Annual report of the Civil Veterinary Department, Bengal, for the year 1896-97 - 1896-1897
Year: 1896
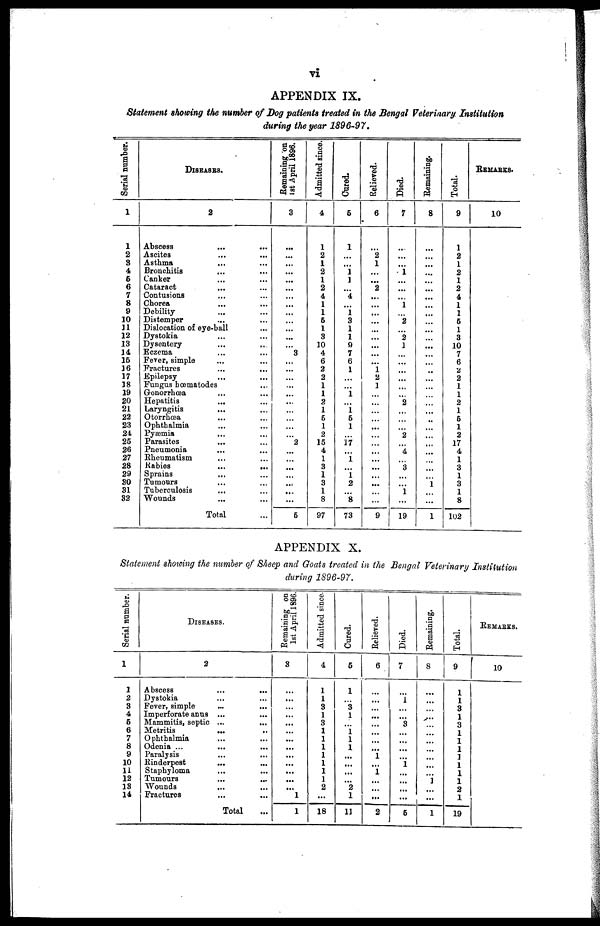
vi
APPENDIX IX.
Statement showing the number of Dog patients treated in the Bengal Veterinary Institution
during the year 1896-97.
Serial number.
1
1
2
3
4
6
6
7
8
9
10
11
12
13
14
15
16
17
18
19
20
21
22
23
24
25
26
27
28
29
30
31
32
DISEASES.
2
Abscess ... ...
Ascites ... ...
Asthma ... ...
Bronchitis ... ...
Canker ... ...
Cataract ... ...
Contusions ... ...
Chorea ... ...
Debility ... ...
Distemper ... ...
Dislocation of eye-ball ...
Dystokia ... ...
Dysentery ... ...
Eczema ... ...
Fever, simple ... ...
Fractures ... ...
Epilepsy ... ...
Fungus bœmatodes ... ...
Gonorrhœa ... ...
Hepatitis ... ...
Laryngitis ... ...
Otorrhœa ... ...
Ophthalmia ... ...
Pyæmia ... ...
Parasites
... ...
Pneumonia ... ...
Rheumatism ... ...
Rabies
...
...
Sprains ... ...
Tumours ... ...
Tuberculosis ... ...
Wounds ... ...
Total ...
Remaining on
1st April 1896.
3
...
...
...
...
...
...
...
...
...
...
...
...
...
3
...
...
...
...
...
...
...
...
...
...
2
...
...
...
...
...
...
...
5
Admitted since.
4
1
2
1
2
1
2
4
1
1
5
1
3
10
4
6
2
2
1
1
2
1
5
1
2
15
4
1
3
1
3
1
8
97
Cured.
5
1
...
...
1
1
...
4
...
1
3
1
1
0
7
6
1
...
...
1
...
1
5
1
...
17
...
1
...
1
2
...
8
73
Relieved.
6
...
2
1
...
...
2
...
...
...
...
...
...
...
...
...
1
2
1
...
...
...
...
...
...
...
......
...
...
...
...
...
...
9
Died.
7
...
...
...
1
...
...
...
1
...
2
...
2
1
...
...
...
...
...
...
2
...
...
...
2
...
4
...
3
...
...
1
...
19
Remaining.
8
...
...
...
...
...
...
...
...
...
...
...
...
...
...
...
...
...
...
...
...
...
...
...
...
...
...
...
...
...
1
...
...
1
Total.
9
1
2
1
2
1
2
4
1
1
5
1
3
10
7
6
2
2
1
1
2
1
5
1
2
17
4
1
3
1
3
1
8
102
REMARKS.
10
APPENDIX X.
Statement showing the number of Sheep and Goats treated in the Bengal Veterinary Institution
during 1896-97.
Serial number.
1
1
2
3
4
5
6
7
8
9
10
11
12
13
14
DISEASES.
2
Abscess
...
...
Dystokia ... ...
Fever, simple ... ...
Imperforate anus ... ...
Mammitis, septic ... ...
Metritis
... ...
Ophthalmia ... ...
Odenia ... ... ...
Paralysis
...
...
Rinderpest
... ...
Staphyloma ... ...
Tumours ... ...
Wounds ... ...
Fractures ... ...
Total ...
Remaining on
1st April 1896
3
...
...
...
...
...
...
...
...
...
...
...
...
...
1
1
Admitted since
4
1
1
3
1
3
1
1
1
1
1
1
1
2
...
18
Cured.
5
1
...
3
1
...
1
1
1
...
...
...
...
2
1
11
Relieved.
6
...
...
...
...
...
...
...
...
1
...
1
...
...
...
2
Died.
7
...
1
...
...
3
...
...
...
...
1
...
...
...
5
Remaining.
8
...
...
...
...
...
...
...
...
...
...
...
1
...
...
1
Total.
9
1
1
3
1
3
1
1
1
1
1
1
1
2
1
19
REMARKS.
10